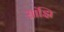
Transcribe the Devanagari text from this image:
सांझि